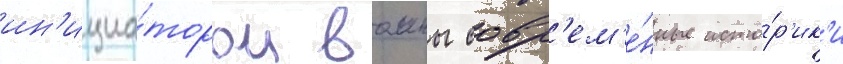
ин'ициа́тором воины совр'ем'е́нные исто́р'ик'и